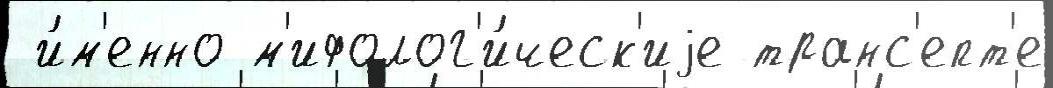
 и́м'енно м'ифолог'и́ческ'иjе транс'епт'е